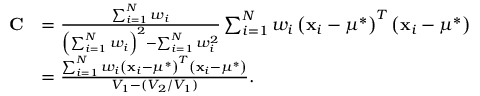
{ \begin{array} { r l } { \mathbf { C } } & { = { \frac { \sum _ { i = 1 } ^ { N } w _ { i } } { \left( \sum _ { i = 1 } ^ { N } w _ { i } \right) ^ { 2 } - \sum _ { i = 1 } ^ { N } w _ { i } ^ { 2 } } } \sum _ { i = 1 } ^ { N } w _ { i } \left( \mathbf { x } _ { i } - \mu ^ { * } \right) ^ { T } \left( \mathbf { x } _ { i } - \mu ^ { * } \right) } \\ & { = { \frac { \sum _ { i = 1 } ^ { N } w _ { i } \left( \mathbf { x } _ { i } - \mu ^ { * } \right) ^ { T } \left( \mathbf { x } _ { i } - \mu ^ { * } \right) } { V _ { 1 } - ( V _ { 2 } / V _ { 1 } ) } } . } \end{array} }